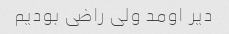
دیر اومد ولی راضی بودیم